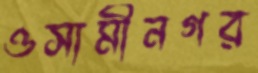
ওসামীনগর